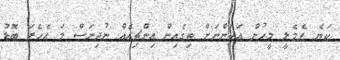
ކަޔެ ފެމެލީ މީހުން އަހަންނަށް ތިގެއިން އިންޗިއެއް ނުދިނަސް މަ އެހެރަ ބޮޑު